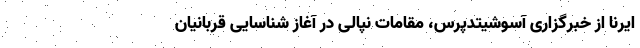
ایرنا از خبرگزاری آسوشیتدپرس، مقامات نپالی در آغاز شناسایی قربانیان